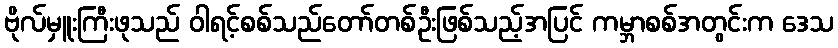
ဗိုလ်မှူးကြီးဖုသည် ဝါရင့်စစ်သည်တော်တစ်ဦးဖြစ်သည့်အပြင် ကမ္ဘာစစ်အတွင်းက ဒေသ